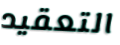
التعقيد